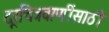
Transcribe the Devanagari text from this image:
दूरचित्रवाणींसाठी